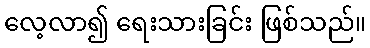
လေ့လာ၍ ရေးသားခြင်း ဖြစ်သည်။